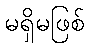
မရှိမဖြစ်